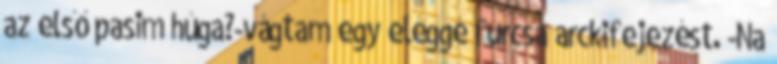
az első pasim húga?-vágtam egy eléggé furcsa arckifejezést. -Na